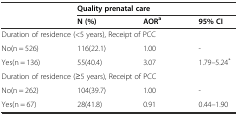
<table><thead><tr><td></td><td colspan="3"><b>Quality prenatal care</b></td></tr><tr><td></td><td><b>N (%)</b></td><td><b>AOR<sup>a</sup></b></td><td><b>95% CI</b></td></tr></thead><tbody><tr><td colspan="4">Duration of residence (&lt;5 years), Receipt of PCC</td></tr><tr><td>No(n = 526)</td><td>116(22.1)</td><td>1.00</td><td>-</td></tr><tr><td>Yes(n = 136)</td><td>55(40.4)</td><td>3.07</td><td>1.79–5.24<sup>*</sup></td></tr><tr><td colspan="4">Duration of residence (≥5 years), Receipt of PCC</td></tr><tr><td>No(n = 262)</td><td>104(39.7)</td><td>1.00</td><td>-</td></tr><tr><td>Yes(n = 67)</td><td>28(41.8)</td><td>0.91</td><td>0.44–1.90</td></tr></tbody></table>